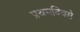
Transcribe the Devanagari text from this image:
प्रथमदिवसे